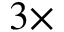
3 \times